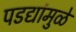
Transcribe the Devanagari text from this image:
पडद्यांमुळे